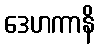
ဒေဟကာနိ